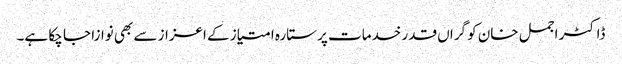
ڈاکٹر اجمل خان کو گراں قدر خدمات پر ستارہ امتیاز کے اعزاز سے بھی نوازا جا چکا ہے۔